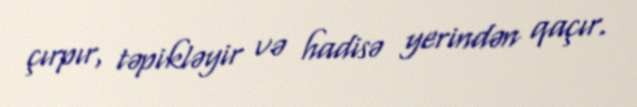
çırpır, təpikləyir və hadisə yerindən qaçır.